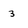
Character: 3